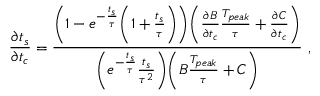
\frac { \partial t _ { s } } { \partial t _ { c } } = \frac { \Bigg ( 1 - e ^ { - \frac { t _ { s } } { \tau } } \Bigg ( 1 + \frac { t _ { s } } { \tau } \Bigg ) \Bigg ) \Bigg ( \frac { \partial B } { \partial t _ { c } } \frac { T _ { p e a k } } { \tau } + \frac { \partial C } { \partial t _ { c } } \Bigg ) } { \Bigg ( e ^ { - \frac { t _ { s } } { \tau } } \frac { t _ { s } } { \tau ^ { 2 } } \Bigg ) \Bigg ( B \frac { T _ { p e a k } } { \tau } + C \Bigg ) } ~ ,